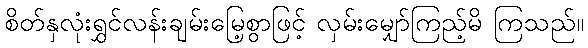
စိတ်နှလုံးရွှင်လန်းချမ်းမြေ့စွာဖြင့် လှမ်းမျှော်ကြည့်မိ ကြသည်။